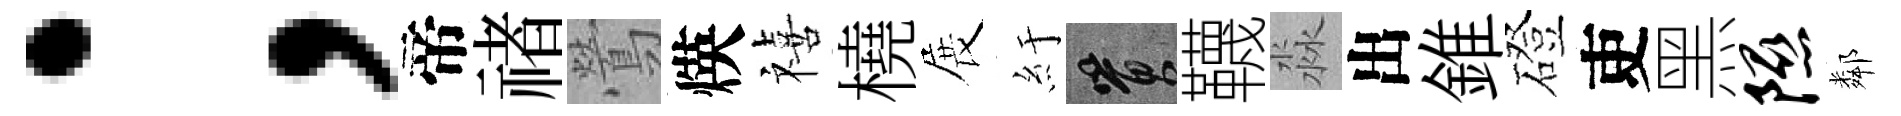
；帝禇鶯煐禧橈展紆篔韈淼出錐磴吏黑隰鄰